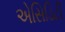
એસિડિટી